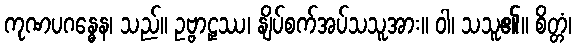
ကုဏပဂန္ဓေန၊ သည်။ ဥဗ္ဗာဠှဿ၊ နျိပ်စက်အပ်သသူအား။ ဝါ၊ သသူ၏။ စိတ္တံ၊